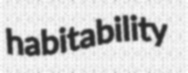
habitability